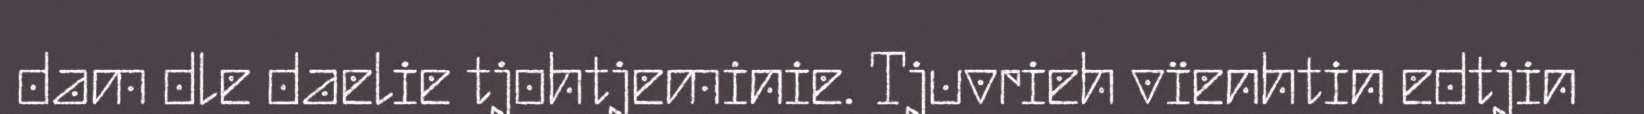
dam dle daelie tjohtjeminie. Tjuvrieh vïenhtin edtjin